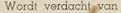
Wordt verdacht van